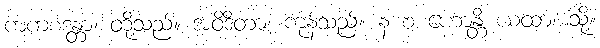
ကကစဒန္တာ၊ တို့သည်။ အဝိဒိတာ၊ ကုန်သည်။ န စ ဟောန္တိ ယထာ၊ သို့။